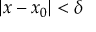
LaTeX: | x - x _ { 0 } | < \delta